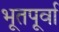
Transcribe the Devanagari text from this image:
भूतपूर्वा